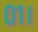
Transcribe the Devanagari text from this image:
०१।